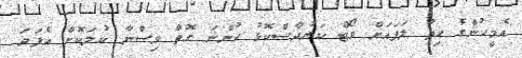
އެމީހުންގެ ހިތު ލަފައަށް ވޯޓް ކަރުދާސްކޮޅު ހުންނަ ގޮތް ވިސްނާ ކުލަކޮށް އެފަދަ